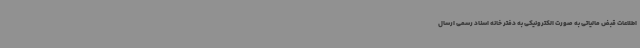
اطلاعات قبض مالیاتی به صورت الکترونیکی به دفتر خانه اسناد رسمی ارسال